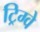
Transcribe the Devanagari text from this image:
ट्रिग्वे